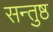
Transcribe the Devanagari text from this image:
सन्तुष्ठ